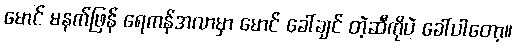
မောင် မနက်ဖြန် ရေကန်အလာမှာ မောင် ခေါ်ချင် တဲ့ဆီကိုပဲ ခေါ်ပါတော့။